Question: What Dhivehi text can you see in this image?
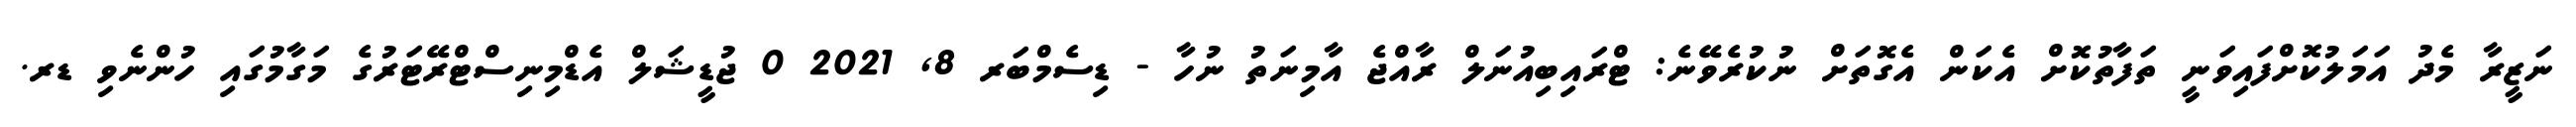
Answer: ނަޒީރާ މެދު އަމަލުކޮށްފައިވަނީ ތަފާތުކޮށް އެކަން އެގޮތަށް ނުކުރެވޭނެ: ޓްރައިބިއުނަލް ރާއްޖެ އާމިނަތު ނުހާ - ޑިސެމްބަރ 8, 2021 0 ޖުޑީޝަލް އެޑްމިނިސްޓްރޭޓަރުގެ މަގާމުގައި ހުންނެވި ޑރ.